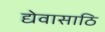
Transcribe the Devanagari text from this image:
द्येवासाठि